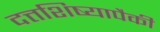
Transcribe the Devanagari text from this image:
दत्तशिष्यापैकी